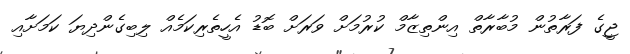
ޖީގެ ފަރާތުން މުބާރާތް އިންތިޒާމް ކުރުމަށް ވަރަށް ބޮޑު އެހީތެރިކަމެއް ލިބިގެންދިޔަ ކަމަށާއި